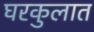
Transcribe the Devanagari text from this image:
घरकुलात